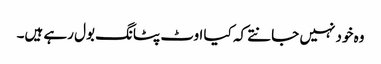
وہ خود نہیں جانتے کہ کیا اوٹ پٹانگ بول رہے ہیں۔